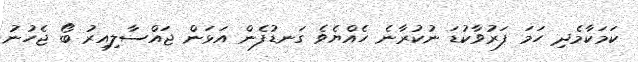
ކަމަކާމެދި ހަމަ ފަރުވާކުޑަ ނުކުރާނެ ހެއްޔެވެ ގަނޑުފެން އަޅަން ޖައްސާލިއިރު ބޯ ޖެހުނު